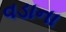
વડાના